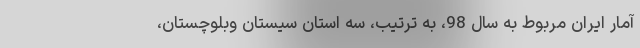
آمار ایران مربوط به سال 98، به ترتیب، سه استان سیستان وبلوچستان،